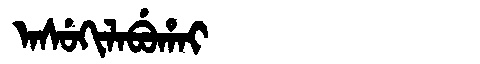
Manchu: ᠠᠰᡠᡴᡳᠯᠠᠪᡠᡥᠠᡳ
Romanization: ASUKILABUHAI